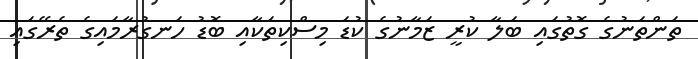
ތަންތަނުގެ ގޮތުގައި ބަލާ ކުރީ ޒަމާނުގެ ކުޑަ މިސްކިތަކާއި ބޮޑު ހަނގުރާމައިގެ ތެރޭގައި